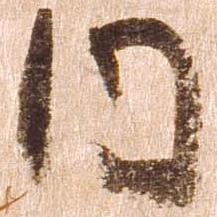
内